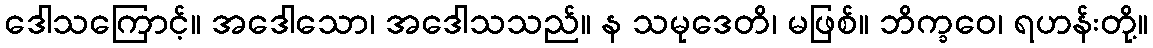
ဒေါသကြောင့်။ အဒေါသော၊ အဒေါသသည်။ န သမုဒေတိ၊ မဖြစ်။ ဘိက္ခဝေ၊ ရဟန်းတို့။